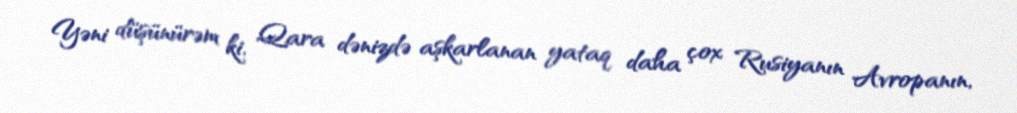
Yəni düşünürəm ki, Qara dənizdə aşkarlanan yataq daha çox Rusiyanın Avropanın,